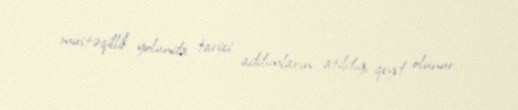
müstəqillik yolunda tarixi addımların atıldığı qeyd olunur.